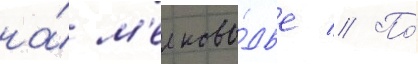
на́ м'елково́дье // По́